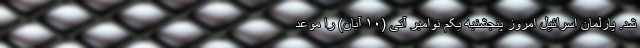
شد. پارلمان اسرائیل امروز پنجشنبه یکم نوامبر آتی (۱۰ آبان) را موعد